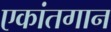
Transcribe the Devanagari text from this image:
एकांतगान